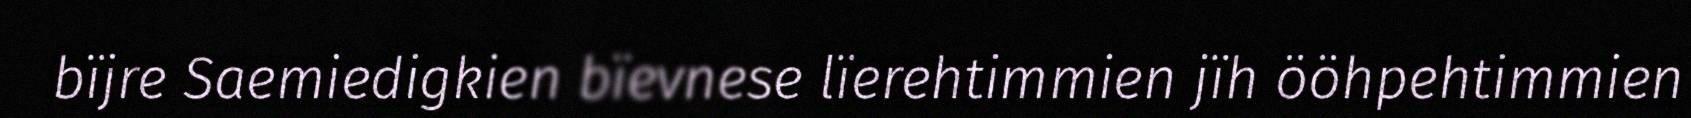
bïjre Saemiedigkien bïevnese lïerehtimmien jïh ööhpehtimmien